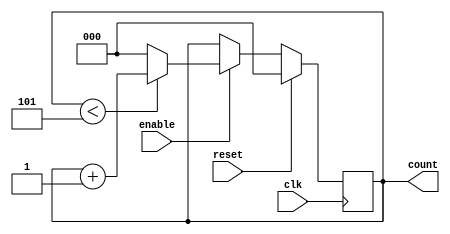
module modulo_six_counter(
  input            clk, reset, enable,
  output reg [2:0] count
);

  always @(posedge clk) begin
    if (reset) count <= 3'b0;
    else if (enable) begin 
      count <= (count < 5) ? count + 1 : 3'b0;
    end
  end

endmodule